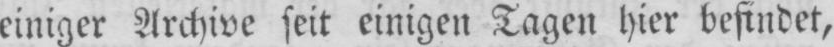
einiger Archive seit einigen Tagen hier befindet,